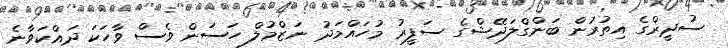
ސުދީރްގެ އިތުރުން ބަންގްލަދޭޝްގެ ސަފީރު މުހައްމަދު ނަޒްމުލް ހަސަން ވެސް ވާހަކަ ދައްކަވާނެ